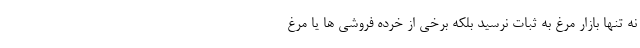
نه تنها بازار مرغ به ثبات نرسید بلکه برخی از خرده فروشی ها یا مرغ